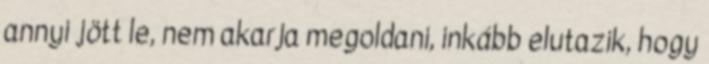
annyi jött le, nem akarja megoldani, inkább elutazik, hogy